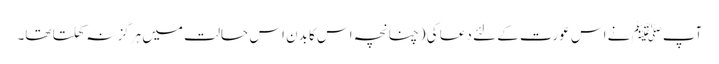
آپﷺ نے اس عورت کے لئے دعا کی (چنانچہ اس کا بدن اس حالت میں ہرگز نہ کھلتا تھا۔